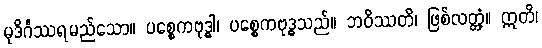
မုဒိင်္ဂဿရမည်သော။ ပစ္စေကဗုဒ္ဓါ၊ ပစ္စေကဗုဒ္ဓသည်။ ဘဝိဿတိ၊ ဖြစ်လတ္တံ့။ ဣတိ၊